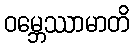
ဝမ္ဘေဿာမာတိ